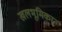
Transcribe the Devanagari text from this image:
खलभूमिका